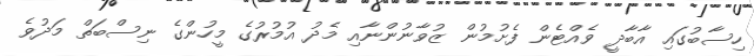
ހިސާބުގައި އާބާދީ ވެއްޓެން ފެށުމުން ޒުވާނުންނާއި މެދު އުމުރުގެ މީހުންގެ ނިސްބަތް މަދުވެ